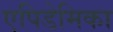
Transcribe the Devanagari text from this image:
एपिडेमिका